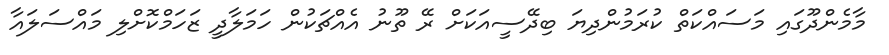
މާމެންދޫގައި މަސައްކަތް ކުރަމުންދިޔަ ބިދޭސީއަކަށް ރޭ ތޫނު އެއްޗަކުން ހަމަލާދީ ޒަހަމްކޮށްލި މައްސަލައާ